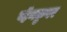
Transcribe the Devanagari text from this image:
व्हॅनकुवर